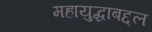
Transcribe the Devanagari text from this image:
महायुद्धाबद्दल